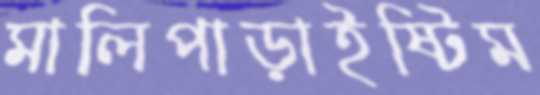
মালিপাড়াইষ্টিম